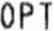
OPT